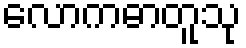
လောကဓာတူသု